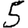
Digit: 5